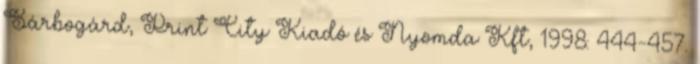
Sárbogárd, Print City Kiadó és Nyomda Kft, 1998: 444-457.